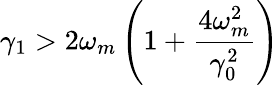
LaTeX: \gamma_{1}>2\omega_{m}\left(1+\frac{4\omega_{m}^{2}}{\gamma_{0}^{2}}\right)